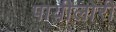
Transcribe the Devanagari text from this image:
पायीलोरी